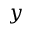
y